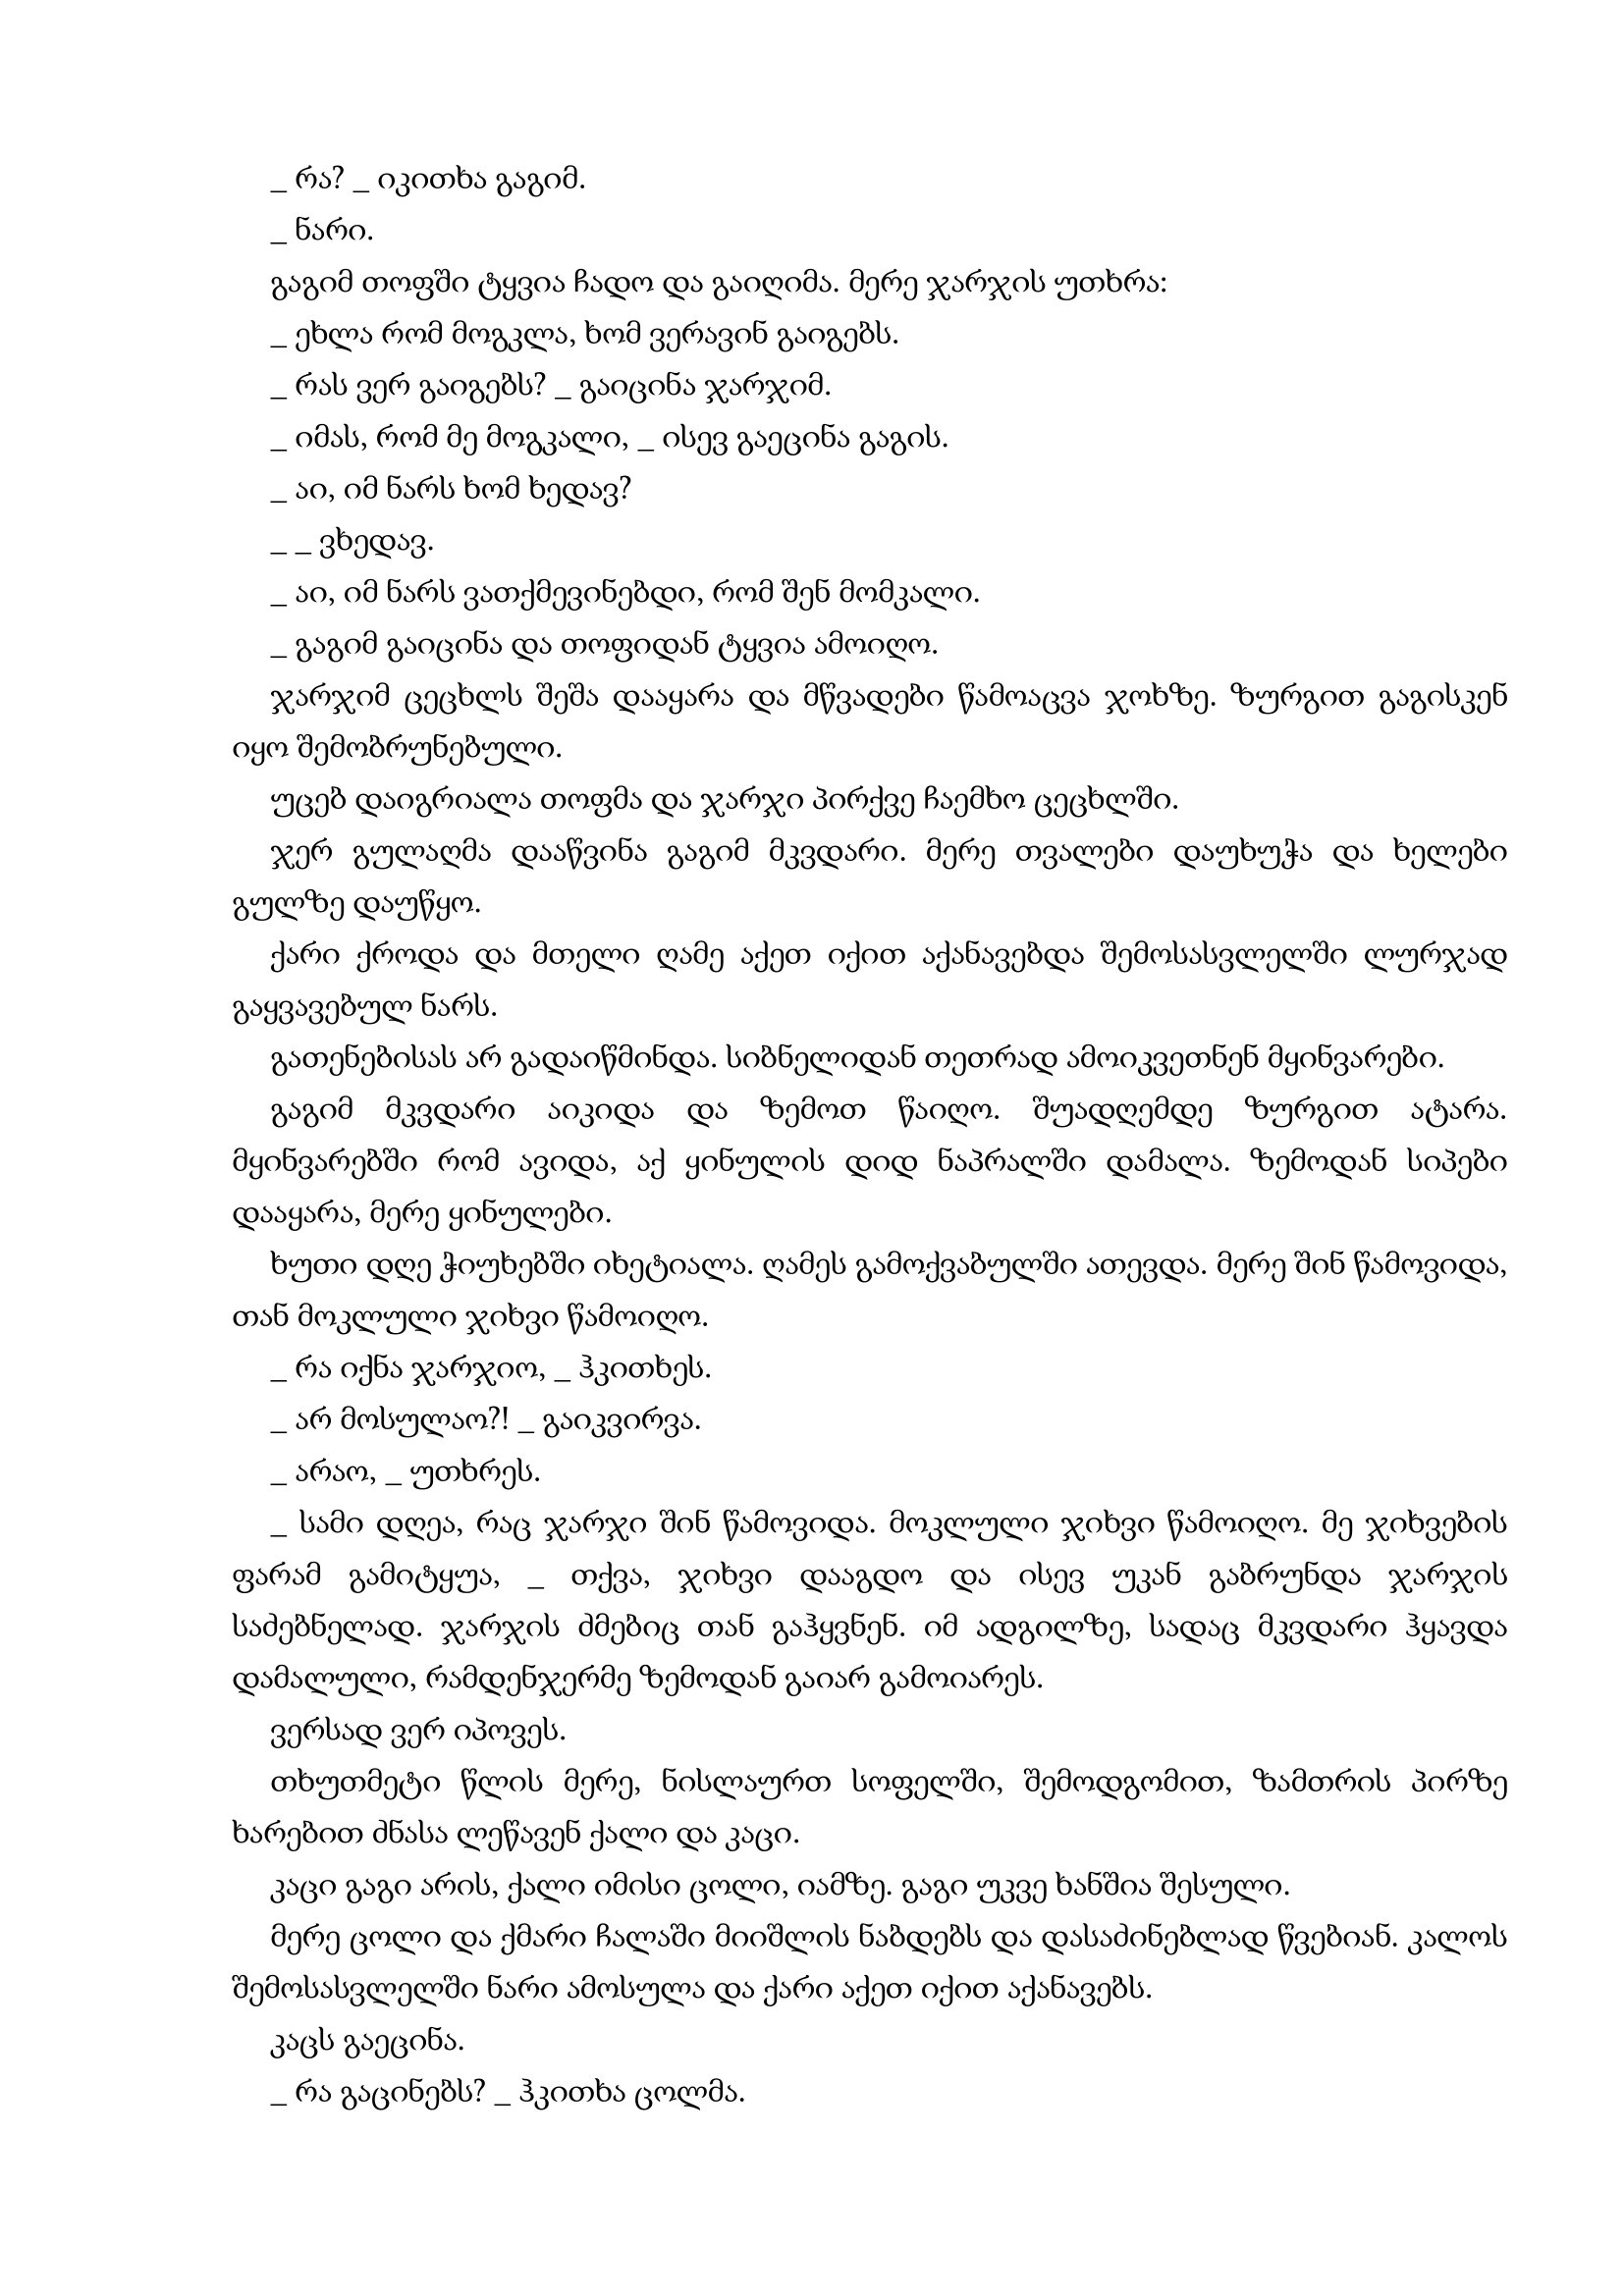
Language: gr